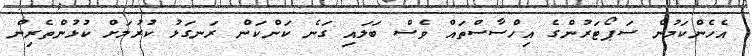
އެހެންކަމުން ސަޕޯޓަރުންގެ އިހްސާސްތައް ވެސް ބަލައި ގަނެ ކަންކަން ރަނގަޅު ކުރުމަށް ކުޅުންތެރިން